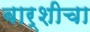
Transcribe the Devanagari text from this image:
बार्शीचा